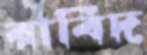
রাবিদ